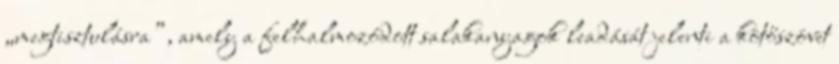
„megtisztulásra”, amely a felhalmozódott salakanyagok leadását jelenti a kötőszövet